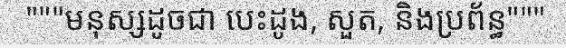
"""មនុស្សដូចជា បេះដូង, សួត, និងប្រព័ន្ធ"""